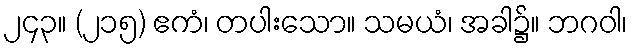
၂၄၃။ (၂၁၅) ဧကံ၊ တပါးသော။ သမယံ၊ အခါ၌။ ဘဂဝါ၊